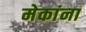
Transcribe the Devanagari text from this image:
मेकांना